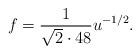
LaTeX: \begin{align*}f={1\over \sqrt 2 \cdot 48} u^{-1/2}.\end{align*}